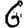
Digit: 6